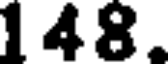
148.